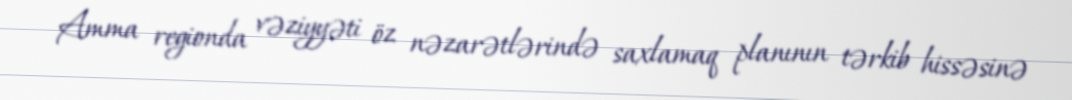
Amma regionda vəziyyəti öz nəzarətlərində saxlamaq planının tərkib hissəsinə